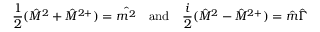
\frac { 1 } { 2 } ( \hat { M } ^ { 2 } + \hat { M } ^ { 2 + } ) = \hat { m ^ { 2 } } \quad \mathrm { a n d } \quad \frac { i } { 2 } ( \hat { M } ^ { 2 } - \hat { M } ^ { 2 + } ) = \hat { m } \hat { \Gamma }